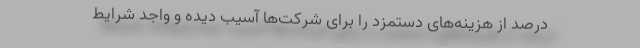
درصد از هزینه‌های دستمزد را برای شرکت‌‌ها آسیب دیده و واجد شرایط